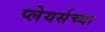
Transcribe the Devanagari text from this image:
प्लेयर्सच्या